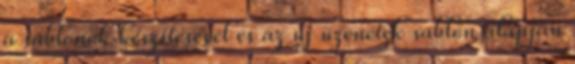
a sablonok készítésével és az új üzenetek sablon alapján